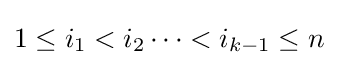
1\leq i_{1}<i_{2}\cdots <i_{k-1}\leq n